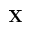
{ \bf X }